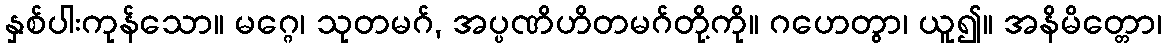
နှစ်ပါးကုန်သော။ မဂ္ဂေ၊ သုတမဂ်, အပ္ပဏိဟိတမဂ်တို့ကို။ ဂဟေတွာ၊ ယူ၍။ အနိမိတ္တော၊